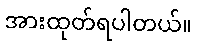
အားထုတ်ရပါတယ်။